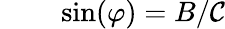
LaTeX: {}\quad\quad\sin(\varphi)=B/\mathcal{C}